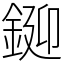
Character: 𨧞